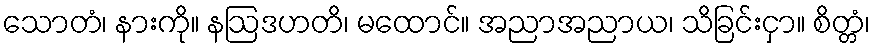
သောတံ၊ နားကို။ နဩဒဟတိ၊ မထောင်။ အညာအညာယ၊ သိခြင်းငှာ။ စိတ္တံ၊